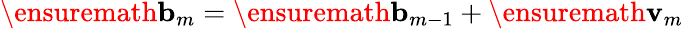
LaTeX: \ensuremath{\mathbf{b}}_{m}=\ensuremath{\mathbf{b}}_{m-1}+\ensuremath{\mathbf{v}}_{m}